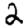
Digit: 2